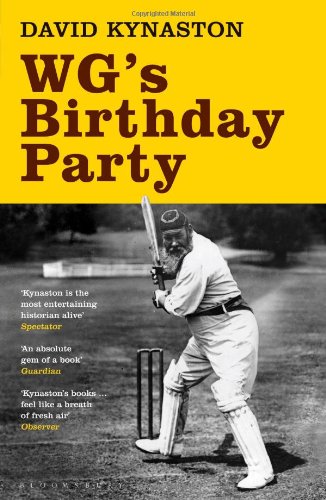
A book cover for W.G.'s Birthday Party; David Kynaston; Sports & Outdoors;